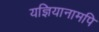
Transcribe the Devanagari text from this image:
यज्ञियानामपि